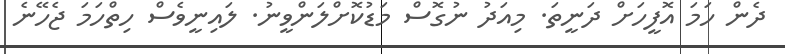
ދެން ހަމަ އޮފީހަށް ދަނީތަ. މިއަދު ނުގޮސް މަޑުކޮށްލަންވީނު. ލައިނީވެސް ހިތްހަމަ ޖެހޭނެ